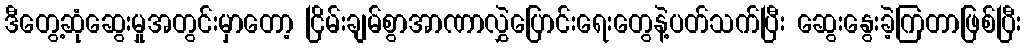
ဒီတွေ့ဆုံဆွေးမှုအတွင်းမှာတော့ ငြိမ်းချမ်စွာအာဏာလွှဲပြောင်းရေးတွေနဲ့ပတ်သက်ပြီး ဆွေးနွေးခဲ့ကြတာဖြစ်ပြီး